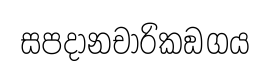
සපදානචාරිකඞගය